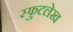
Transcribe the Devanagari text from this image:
स्फुटलेख